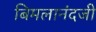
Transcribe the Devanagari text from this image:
बिमलानंदजी